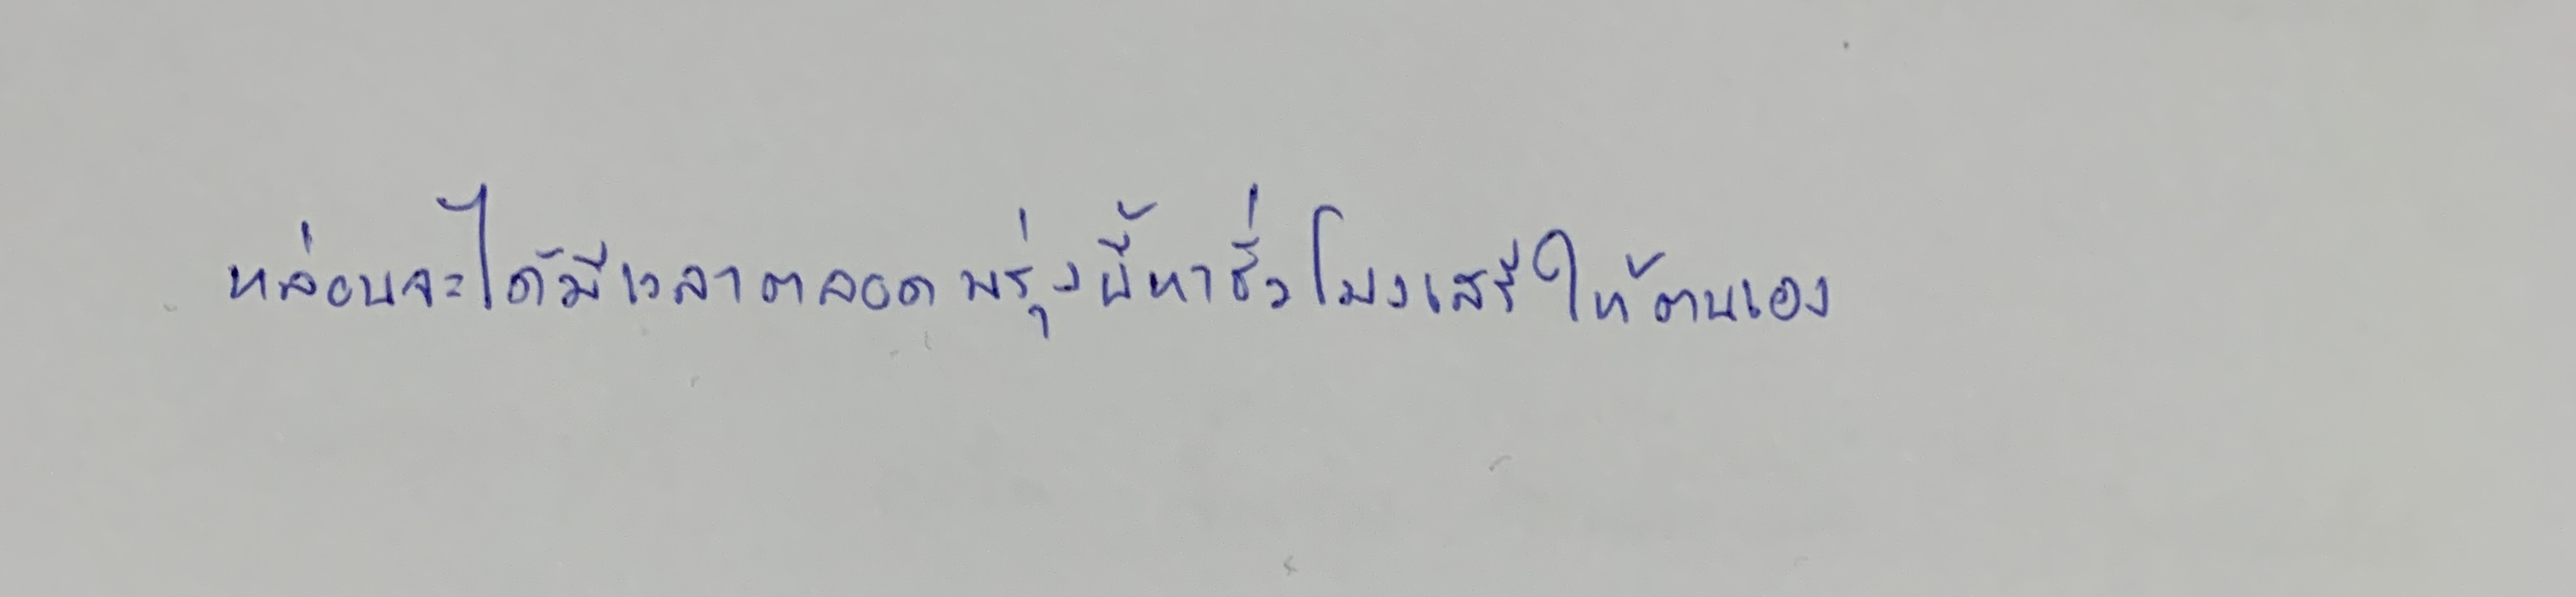
หล่อนจะได้มีเวลาตลอดพรุ่งนี้หาชั่วโมงเสรีให้ตนเอง